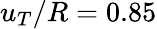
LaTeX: u_{T}/R=0.85